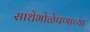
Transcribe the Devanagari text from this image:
साधेभोळेपणाच्या